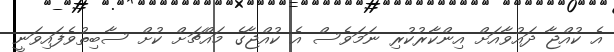
އެ ކުއްޖާ ދައުވާއަށް އިންކާރުކުރި ނަމަވެސް އެ ކުއްޖާގެ މައްޗަށް ކުށް ސާބިތުވެފައިވަނީ